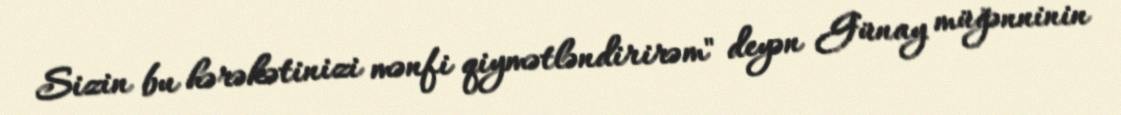
Sizin bu hərəkətinizi mənfi qiymətləndirirəm" deyən Günay müğənninin